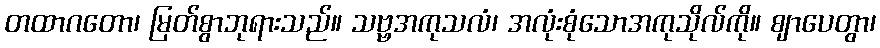
တထာဂတော၊ မြတ်စွာဘုရားသည်။ သဗ္ဗအကုသလံ၊ အလုံးစုံသောအကုသိုလ်ကို။ ဈာပေတွာ၊